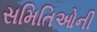
સમિતિઓની